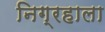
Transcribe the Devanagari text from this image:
निग्रहाला